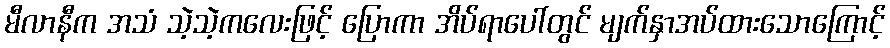
မီလာနီက အသံ သဲ့သဲ့ကလေးဖြင့် ပြောကာ အိပ်ရာပေါ်တွင် မျက်နှာအပ်ထားသောကြောင့်